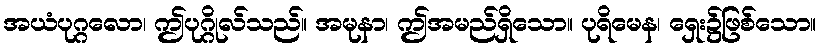
အယံပုဂ္ဂလော၊ ဤပုဂ္ဂိုလ်သည်။ အမုနာ၊ ဤအမည်ရှိသော။ ပုရိမေန၊ ရှေး၌ဖြစ်သော။